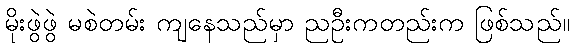
မိုးဖွဲဖွဲ မစဲတမ်း ကျနေသည်မှာ ညဦးကတည်းက ဖြစ်သည်။